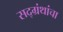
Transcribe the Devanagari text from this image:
सद्ग्रंथांचा